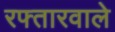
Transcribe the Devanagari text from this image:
रफ्तारवाले